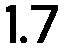
1.7